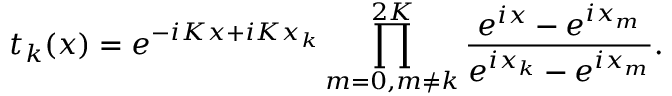
t _ { k } ( x ) = e ^ { - i K x + i K x _ { k } } \prod _ { m = 0 , m \neq k } ^ { 2 K } { \frac { e ^ { i x } - e ^ { i x _ { m } } } { e ^ { i x _ { k } } - e ^ { i x _ { m } } } } .